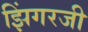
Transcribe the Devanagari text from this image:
झिंगरजी